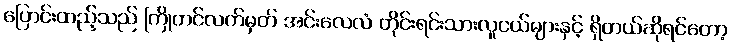
ပြောင်းထည့်သည် ကြိုတင်လက်မှတ် အင်းလေလံ တိုင်းရင်းသားလူငယ်များနှင့် ရှိတယ်ဆိုရင်တော့